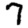
Digit: 7